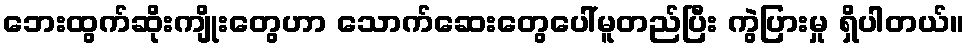
ဘေးထွက်ဆိုးကျိုးတွေဟာ သောက်ဆေးတွေပေါ်မူတည်ပြီး ကွဲပြားမှု ရှိပါတယ်။